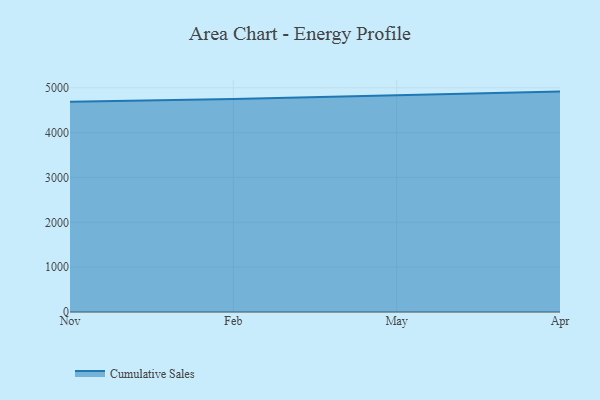
{"axis": {"x": "Month", "y": "Gross Profit (USD K)"}, "legend": ["Cumulative Sales"], "data": [{"x": "Nov", "y": 4689.5, "type": "Cumulative Sales"}, {"x": "Feb", "y": 4748.3, "type": "Cumulative Sales"}, {"x": "May", "y": 4831.9, "type": "Cumulative Sales"}, {"x": "Apr", "y": 4915.2, "type": "Cumulative Sales"}]}